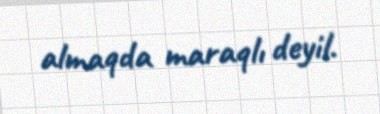
almaqda maraqlı deyil.